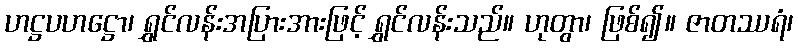
ဟဋ္ဌပဟဋ္ဌော၊ ရွှင်လန်းအပြားအားဖြင့် ရွှင်လန်းသည်။ ဟုတွာ၊ ဖြစ်၍။ ဇာတဿရံ၊